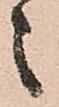
之